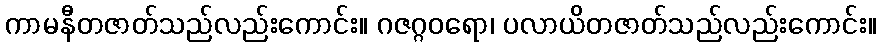
ကာမနီတဇာတ်သည်လည်းကောင်း။ ဂဇဂ္ဂဝရော၊ ပလာယိတဇာတ်သည်လည်းကောင်း။